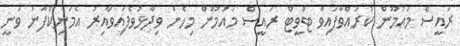
ރައީސް މައުމޫން ކުރައްވާފައިވާ ޓްވީޓް ރައީސް މައުމޫން މިހެން ވިދާޅުވެފައިވާއިރު އެމަނިކްފާނު ވަނީ